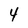
Character: 4